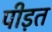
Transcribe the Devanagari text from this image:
पीड़त